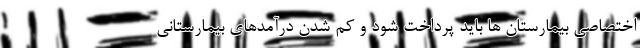
اختصاصی بیمارستان ها باید پرداخت شود و کم شدن درآمدهای بیمارستانی